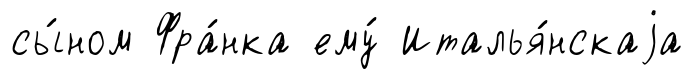
сы́ном Фра́нка ему́ Италья́нскаjа